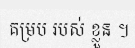
គម្រប របស់ ខ្លួន ។